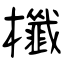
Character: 櫼